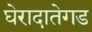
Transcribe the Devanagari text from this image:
घेरादातेगड